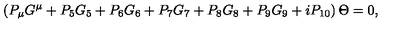
\left( P _ { \mu } G ^ { \mu } + P _ { 5 } G _ { 5 } + P _ { 6 } G _ { 6 } + P _ { 7 } G _ { 7 } + P _ { 8 } G _ { 8 } + P _ { 9 } G _ { 9 } + i P _ { 1 0 } \right) \Theta = 0 ,